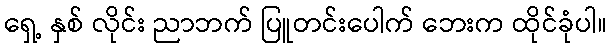
ရှေ့ နှစ် လိုင်း ညာဘက် ပြူတင်းပေါက် ဘေးက ထိုင်ခုံပါ။